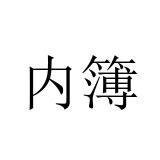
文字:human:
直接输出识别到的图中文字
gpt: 内簿